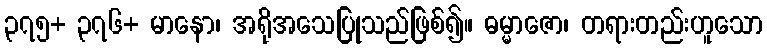
၃၇၅+ ၃၇၆+ မာနော၊ အရိုအသေပြုသည်ဖြစ်၍။ ဓမ္မာဇော၊ တရားတည်းဟူသော